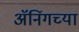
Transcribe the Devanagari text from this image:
ॲनिंगच्या